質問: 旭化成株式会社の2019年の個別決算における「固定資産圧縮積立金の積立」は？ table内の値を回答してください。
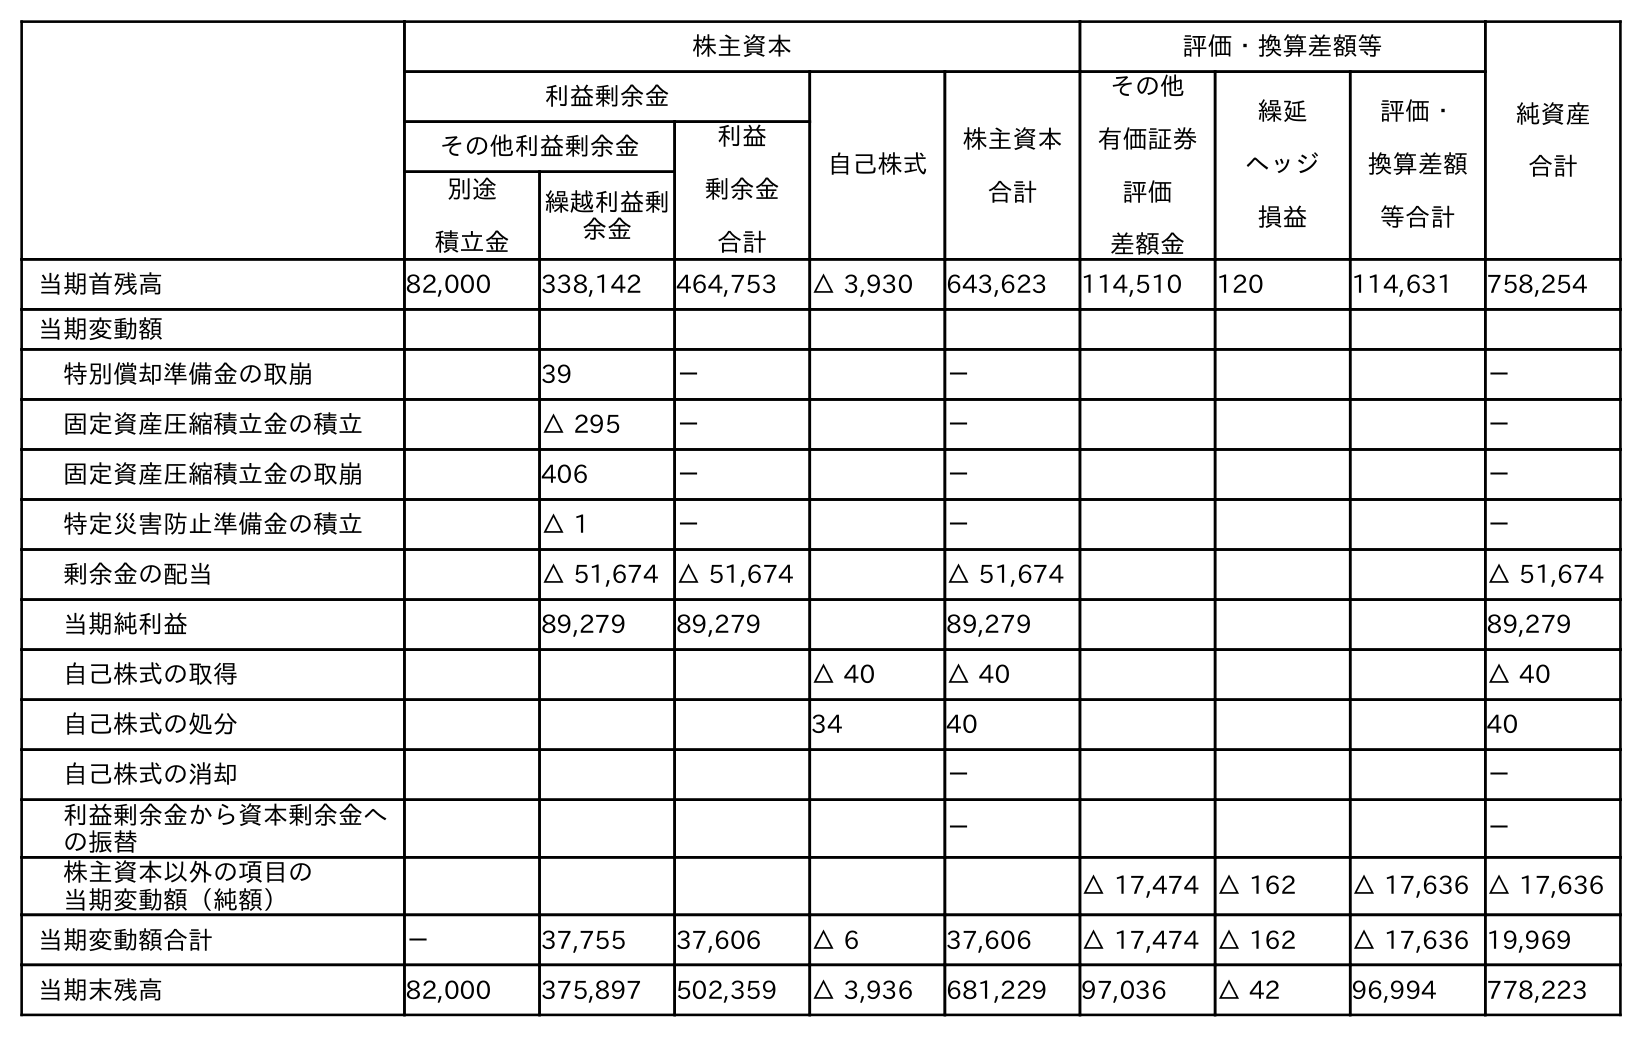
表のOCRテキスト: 株主資本 評価・換算差額等 純資産 合計 利益剰余金 自己株式 株主資本 合計 その他 有価証券 評価 差額金 繰延 ヘッジ 損益 評価・ 換算差額 等合計 その他利益剰余金 利益 剰余金 合計 別途 積立金 繰越利益剰 余金 当期首残高 82,000 338,142 464,753 △ 3,930 643,623 114,510 120 114,631 758,254 当期変動額 特別償却準備金の取崩 39 － － － 固定資産圧縮積立金の積立 △ 295 － － － 固定資産圧縮積立金の取崩 406 － － － 特定災害防止準備金の積立 △ 1 － － － 剰余金の配当 △ 51,674 △ 51,674 △ 51,674 △ 51,674 当期純利益 89,279 89,279 89,279 89,279 自己株式の取得 △ 40 △ 40 △ 40 自己株式の処分 34 40 40 自己株式の消却 － － 利益剰余金から資本剰余金へ の振替 － － 株主資本以外の項目の 当期変動額（純額） △ 17,474 △ 162 △ 17,636 △ 17,636 当期変動額合計 － 37,755 37,606 △ 6 37,606 △ 17,474 △ 162 △ 17,636 19,969 当期末残高 82,000 375,897 502,359 △ 3,936 681,229 97,036 △ 42 96,994 778,223
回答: －